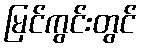
မြင်ကွင်းတွင်